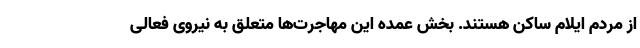
از مردم ایلام ساکن هستند. بخش عمده این مهاجرت‌ها متعلق به نیروی فعالی